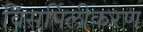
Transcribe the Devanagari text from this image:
विसर्पिलीकरण